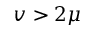
v > 2 \mu